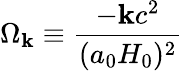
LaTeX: \Omega_{\mathbf{k}}\equiv{\frac{{-\mathbf{k}c^{2}}}{{(a_{0}H_{0})^{2}}}}